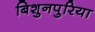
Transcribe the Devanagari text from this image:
बिशुनपुरिया